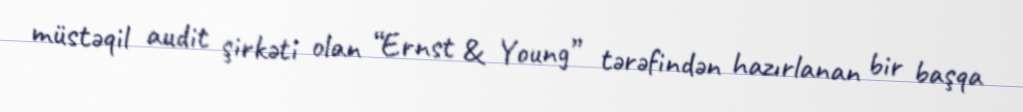
müstəqil audit şirkəti olan “Ernst & Young” tərəfindən hazırlanan bir başqa